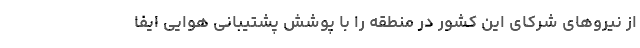
از نیروهای شرکای این کشور در منطقه را با پوشش پشتیبانی هوایی ایفا